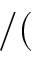
/ (